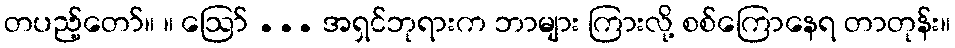
တပည့်တော်။ ။ ဩော် ... အရှင်ဘုရားက ဘာများ ကြားလို့ စစ်ကြောနေရ တာတုန်း။